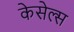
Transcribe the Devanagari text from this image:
केसेल्स